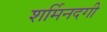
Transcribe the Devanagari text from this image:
शर्मिनदगी